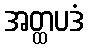
အတ္ထပဒံ